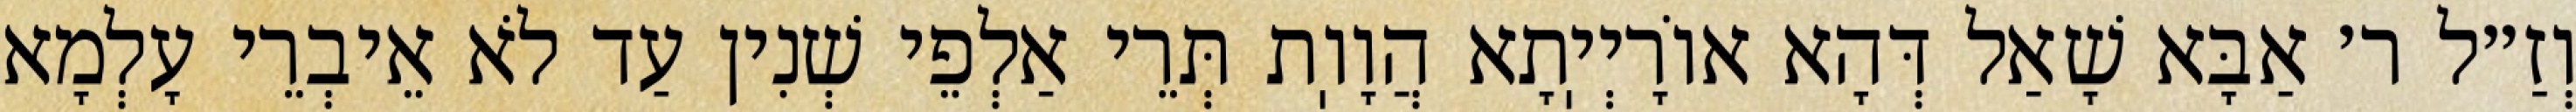
וְזַ״ל ר׳ אַבָּא שָׁאַל דְּהָא אוֹרָיְיֽתָא הֲוָוֽת תְּרֵי אַלְפֵי שְׁנִין עַד לֹא אֵיבְרֵי עָלְמָא